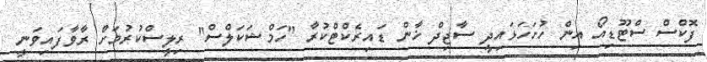
ފޮކްސް ސްޓޫޑިއޯ އިން ހުށަހަޅައިދީ ސާޖިދް ޚާން ޑައިރެކްޓްކުރާ ''ހަމްޝަކަލްސް'' ރިލީސްކުރުމަށް ރާވާފައިވަނީ